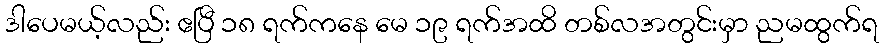
ဒါပေမယ့်လည်း ဧပြီ ၁၈ ရက်ကနေ မေ ၁၉ ရက်အထိ တစ်လအတွင်းမှာ ညမထွက်ရ